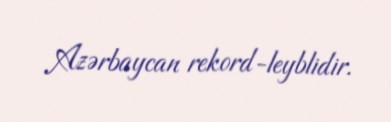
Azərbaycan rekord-leyblidir.